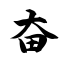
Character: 奋